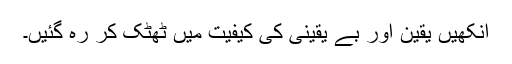
آنکھیں یقین اور بے یقینی کی کیفیت میں ٹھٹک کر رہ گئیں۔